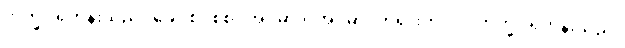
ဘိက္ခု၊ ရဟန်းသည်။ ခေါ၊ စင်စစ်။ အပ္ပမာဒံ၊ အပ္ပမာဒတရားကို။ ပ။ ဘိက္ခု၊ ရဟန်းသည်။